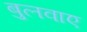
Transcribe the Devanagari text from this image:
बुलवाए